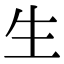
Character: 生